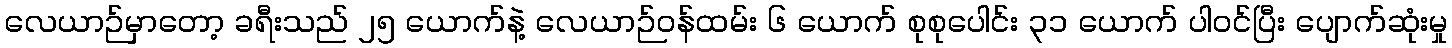
လေယာဉ်မှာတော့ ခရီးသည် ၂၅ ယောက်နဲ့ လေယာဉ်ဝန်ထမ်း ၆ ယောက် စုစုပေါင်း ၃၁ ယောက် ပါဝင်ပြီး ပျောက်ဆုံးမှု